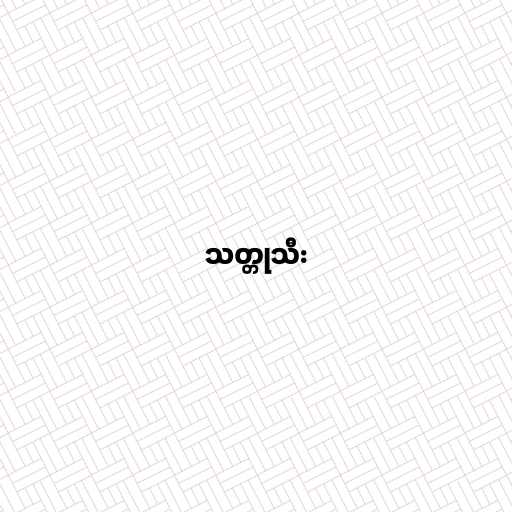
သတ္တုသီး